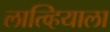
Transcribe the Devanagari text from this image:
लात्व्हियाला